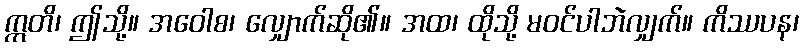
ဣတိ၊ ဤသို့။ အဝေါစ၊ လျှောက်ဆို၏။ အထ၊ ထိုသို့ မဝင်ပါဘဲလျှက်။ ကိဿပန၊